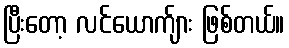
ပြီးတော့ လင်ယောက်ျား ဖြစ်တယ်။